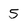
Character: 5